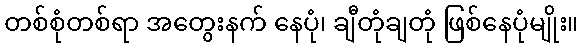
တစ်စုံတစ်ရာ အတွေးနက် နေပုံ၊ ချီတုံချတုံ ဖြစ်နေပုံမျိုး။